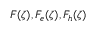
F ( \zeta ) , F _ { e } ( \zeta ) , F _ { h } ( \zeta )